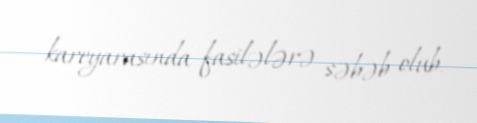
kareyarasında fasilələrə səbəb olub.